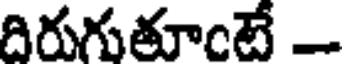
దిరుగుతూంటే -